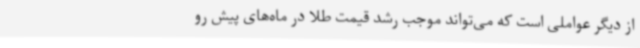
از دیگر عواملی است که می‌تواند موجب رشد قیمت طلا در ماه‌های پیش رو